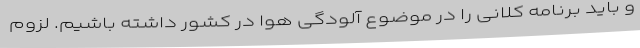
و باید برنامه کلانی را در موضوع آلودگی هوا در کشور داشته باشیم. لزوم